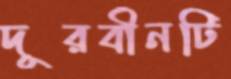
দূরবীনটি